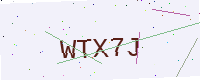
Text: WTX7J